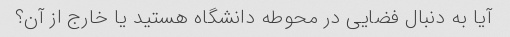
آیا به دنبال فضایی در محوطه دانشگاه هستید یا خارج از آن؟